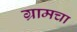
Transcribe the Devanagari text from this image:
ग्रामचा